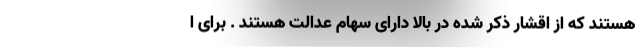
هستند که از اقشار ذکر شده در بالا دارای سهام عدالت هستند . برای ا